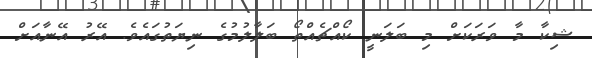
ޝިކާ މާ ވަރަކަށް މި ބަލަނީ ކޯއްޗެއްތޯ ބަލާލުމުގެ ނިޔަތުގައެވެ. އޭރު އޭނާއަށް